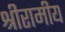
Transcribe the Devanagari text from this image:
श्रीरामीय